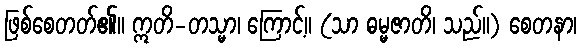
ဖြစ်စေတတ်၏။ ဣတိ-တသ္မာ၊ ကြောင့်။ (သာ ဓမ္မဇာတိ၊ သည်။) စေတနာ၊